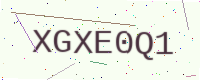
Text: XGXE0Q1